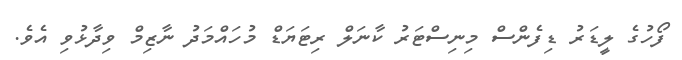
ފޯހުގެ ލީޑަރު ޑިފެންސް މިނިސްޓަރު ކާނަލް ރިޓަޔަޑް މުހައްމަދު ނާޒިމް ވިދާޅުވި އެވެ.